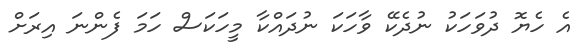
އެ ހެޔޮ ދުވަހަކު ނުދެކޭ ވާހަކަ ނުދައްކާ މީހަކަސް ހަމަ ފެންނަ އިރަށް